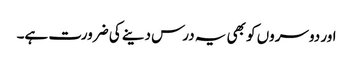
اور دوسروں کو بھی یہ درس دینے کی ضرورت ہے۔